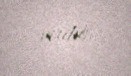
verilib.